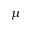
\mu